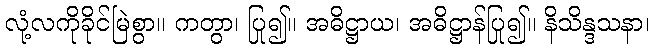
လုံ့လကိုခိုင်မြဲစွာ။ ကတွာ၊ ပြု၍။ အဓိဋ္ဌာယ၊ အဓိဋ္ဌာန်ပြု၍။ နိသိန္ဒသနာ၊